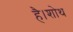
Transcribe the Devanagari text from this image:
है।शोथ